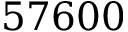
5 7 6 0 0